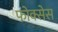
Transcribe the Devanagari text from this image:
फोक्सेस